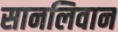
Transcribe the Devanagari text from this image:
सानलिवान